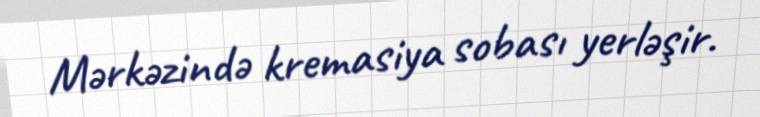
Mərkəzində kremasiya sobası yerləşir.